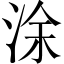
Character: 涂